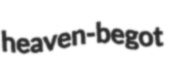
heaven-begot